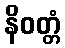
နိဝတ္တံ